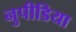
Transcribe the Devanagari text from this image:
नुपीडिया